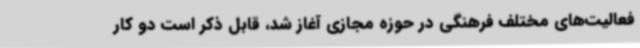
فعالیت‌های مختلف فرهنگی در حوزه مجازی آغاز شد، قابل ذکر است دو کار